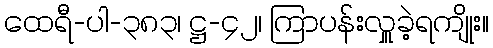
ထေရီ-ပါ-၃၈၃၊ ဋ္ဌ-၄၂၊ ကြာပန်းလှူခဲ့ရကျိုး။